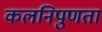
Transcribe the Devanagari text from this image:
कलनिपुणता